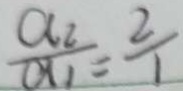
\frac { a _ { 2 } } { a _ { 1 } } = \frac { 2 } { 1 }